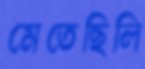
মেতেছিলি